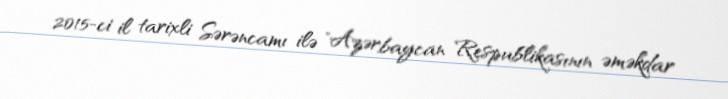
2015-ci il tarixli Sərəncamı ilə "Azərbaycan Respublikasının əməkdar